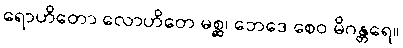
ရောဟိတော လောဟိတေ မစ္ဆ၊ ဘေဒေ စေဝ မိဂန္တရေ။